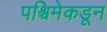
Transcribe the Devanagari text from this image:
पश्र्चिमेकडून